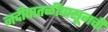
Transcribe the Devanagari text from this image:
नदीपातळीपासूनची